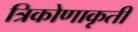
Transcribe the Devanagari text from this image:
त्रिकोणाकृती